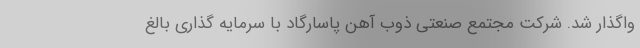
واگذار شد. شرکت مجتمع صنعتی ذوب آهن پاسارگاد با سرمایه گذاری بالغ